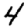
Digit: 4